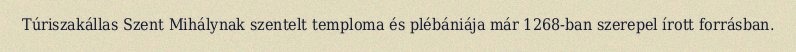
Túriszakállas Szent Mihálynak szentelt temploma és plébániája már 1268-ban szerepel írott forrásban.